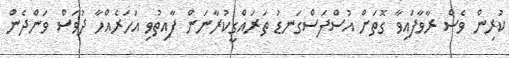
ކުރިން ވެސް ރާވާފައިވާ ގޮތަށް އުސްފަސްގަނޑު ތަރައްގީކުރާނަން ފާއިތުވި އަހަރެއްހާ ދުވަސް ވަންދެން